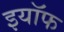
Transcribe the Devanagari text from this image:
इयॉफ